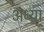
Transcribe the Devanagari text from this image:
अध्या